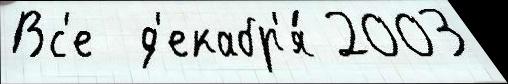
Вс'е  д'екабр'я́ 2003